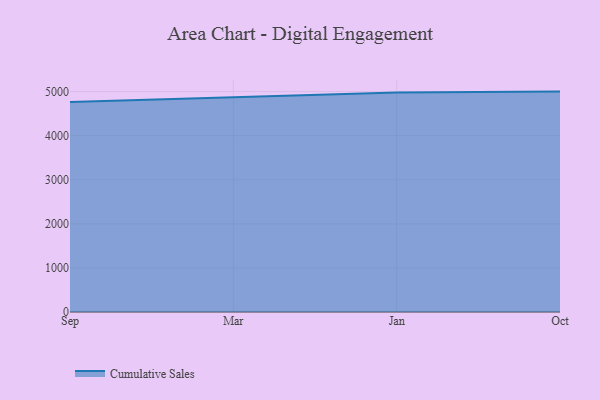
{"axis": {"x": "Month", "y": "Demand Index"}, "legend": ["Cumulative Sales"], "data": [{"x": "Sep", "y": 4762.7, "type": "Cumulative Sales"}, {"x": "Mar", "y": 4868.6, "type": "Cumulative Sales"}, {"x": "Jan", "y": 4978.0, "type": "Cumulative Sales"}, {"x": "Oct", "y": 5000, "type": "Cumulative Sales"}]}